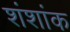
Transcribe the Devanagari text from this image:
शंशांक